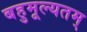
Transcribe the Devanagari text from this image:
बहुमूल्यतम्